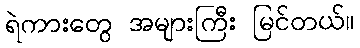
ရဲကားတွေ အများကြီး မြင်တယ်။